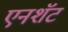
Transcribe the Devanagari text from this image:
एनशॅंट